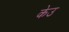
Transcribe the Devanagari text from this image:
केउ